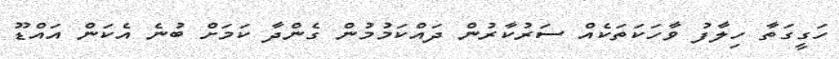
ހަގީގަތާ ހިލާފު ވާހަކަތަކެއް ސަރުކާރުން ދައްކަމުމުން ގެންދާ ކަމަށް ބުނެ އެކަން އައްޑޫ